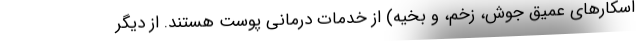
اسکارهای عمیق جوش، زخم، و بخیه) از خدمات درمانی پوست هستند. از دیگر